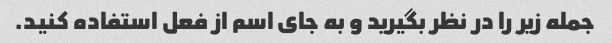
جمله زیر را در نظر بگیرید و به جای اسم از فعل استفاده کنید.